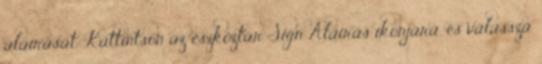
aláírását. Kattintson az eszköztár Sign Aláírás ikonjára, és válassza